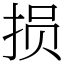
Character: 损